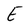
Character: E